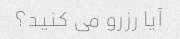
آیا رزرو می کنید؟